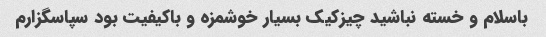
باسلام و خسته نباشید چیزکیک بسیار خوشمزه و باکیفیت بود سپاسگزارم